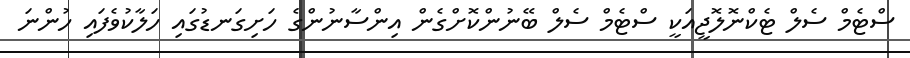
ސްޓެމް ސެލް ޓެކްނޮލޮޖީއަކީ ސްޓެމް ސެލް ބޭނުންކޮށްގެން އިންސާނުންގެ ހަށިގަނޑުގައި ހަލާކުވެފައި ހުންނަ